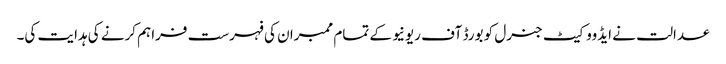
عدالت نے ایڈووکیٹ جنرل کو بورڈ آف ریونیو کے تمام ممبران کی فہرست فراہم کرنے کی ہدایت کی۔